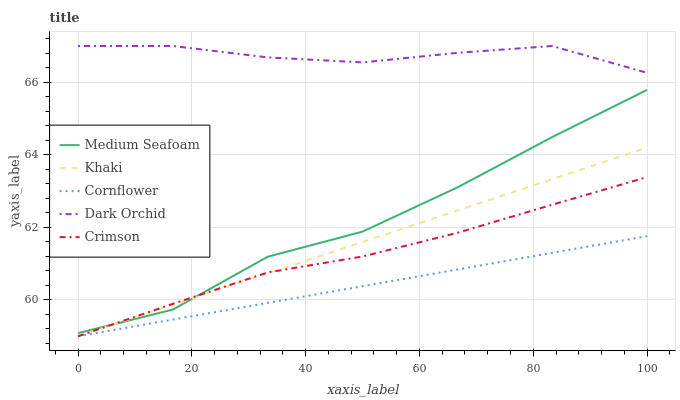
| xaxis_label | Medium Seafoam | Khaki | Cornflower | Dark Orchid | Crimson |
 | --- | --- | --- | --- | --- | --- |
 | 0 | 59.1 | 59 | 59 | 67 | 59 |
 | 16.7 | 59.7 | 59.9 | 59.5 | 67 | 59.9 |
 | 33.3 | 61.2 | 60.7 | 59.9 | 66.7 | 60.8 |
 | 50 | 61.9 | 61.6 | 60.4 | 66.5 | 61.2 |
 | 66.7 | 63.1 | 62.5 | 60.8 | 66.8 | 61.9 |
 | 83.3 | 64.5 | 63.3 | 61.3 | 67 | 62.6 |
 | 100 | 65.8 | 64.2 | 61.8 | 66.3 | 63.4 |